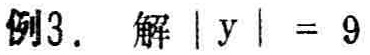
例3. 解 \(|y| = 9\)